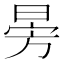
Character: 𣃸